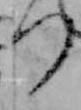
つ